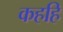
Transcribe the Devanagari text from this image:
कहहि